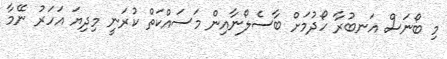
މި ބޯނަސް އަނބުރާ ހޯދުމަށް ބާސެލޯނާއިން މަސައްކަތް ކުރަނީ މިދިޔަ އަހަރު ނޭމާ